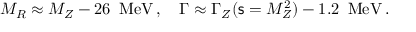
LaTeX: M _ { R } \approx M _ { Z } - 2 6 \, \, \, \mathrm { M e V } \, , \quad \Gamma \approx \Gamma _ { Z } ( { \mathsf { s } } = M _ { Z } ^ { 2 } ) - 1 . 2 \, \, \, \mathrm { M e V } \, .